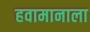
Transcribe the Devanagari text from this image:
हवामानाला